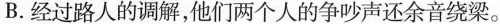
B.经过路人的调解，他们两个人的争吵声还余音绕梁。